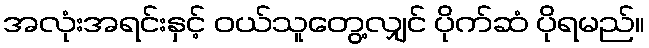
အလုံးအရင်းနှင့် ဝယ်သူတွေ့လျှင် ပိုက်ဆံ ပိုရမည်။